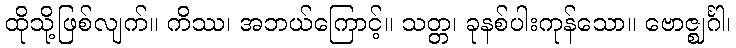
ထိုသို့ဖြစ်လျက်။ ကိဿ၊ အဘယ်ကြောင့်။ သတ္တ၊ ခုနစ်ပါးကုန်သော။ ဗောဇ္ဈင်္ဂါ၊